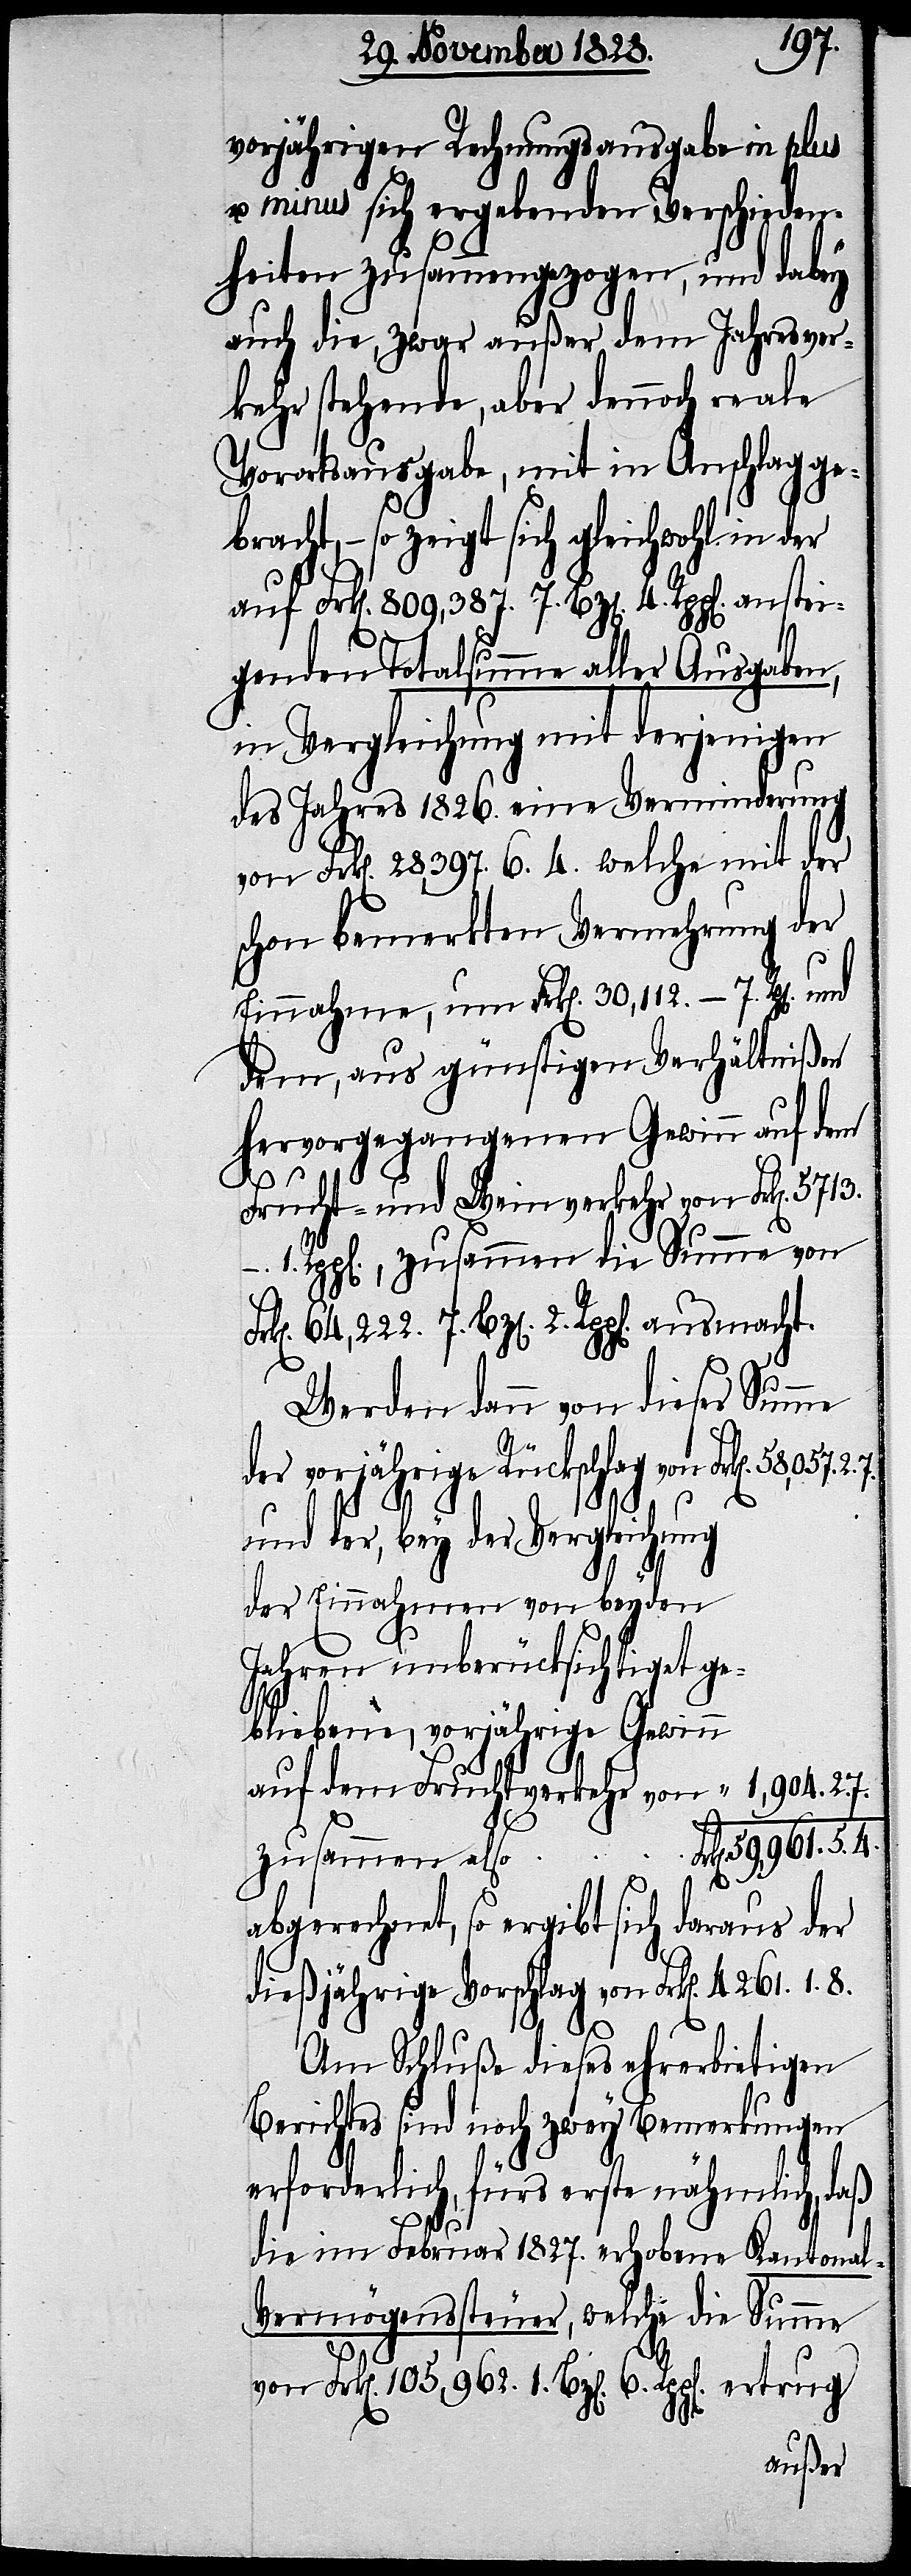
vorjährigen Rechnungsausgabe in plus
minus sich ergebenden Verschieden¬
heiten zusammengezogen, und dabey
auch die, zwar außer dem Jahresver¬
kehr stehende, aber dennoch reale
Vorortsausgabe, mit in Anschlag ge¬
bracht, – so zeigt sich gleichwohl in der
genden Totalsumme aller Ausgaben,
in Vergleichung mit derjenigen
des Jahres 1826. eine Verminderung
von Frk[en]. 28,397. 6. 4. welche mit der
schon bemerkten Vermehrung der
Einnahme, um Frk[en]. 30,112. – 7. Rp[en]. und
dem, aus günstigen Verhältnißen
hervorgegangenen Gewinn auf dem
Frucht- und Weinverkehr von Frk[en].
Rpp[en]., zusammen die Summe von
Bz[en]. 2. Rpp[en]. ausmacht.
Werden dann die dieser Summe
8.
des vorjährigen Rückschlag von 	Frk[en]. 58,057. 2.
7.
und der, bey der Vergleichung
anstei¬
der Einnahmen von beyden
Jahre unberücksichtiget ge¬
bliebene, vorjährige Gewinn
auf dem Fruchtverkehr von
105,962. 1.
6.
1.
abgerechnet, so ergibt sich daraus der
dießjährige Vorschlag von Frk[en]. 4261.
Am Schluße dieses ehrerbieteigen
Berichtes sind noch zwey Bemerkungen
erforderlich, fürs erste nähmlich, daß
die im Februar 1827. erhobene Kantona¬
l-Vermögenssteuer, welche die Summe
7.